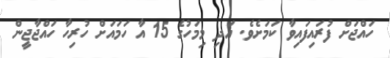
ހައްޖަށް ފުރައިފައިވާ ކަަމަށެވެ. އަދި މިމަހުގެ 15 އާ ހަމައަށް ހުރިހާ ހައްޖާޖީން